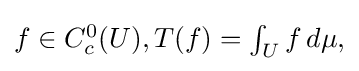
{\textstyle f\in C_{c}^{0}(U),T(f)=\int _{U}f\,d\mu ,}